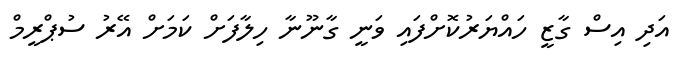
އަދި އިސް ގާޒީ ހައްޔަރުކޮށްފައި ވަނީ ގާނޫނާ ހިލާފަށް ކަމަށް އޭރު ސުޕްރީމް